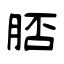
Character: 脴